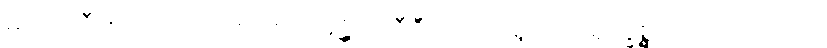
မဟာလီတိ အာလပတိ။ ဧကမန္တံ နိသီဒီတိ ပတိရူပါသု ရုက္ခစ္ဆာယာသု တာယ